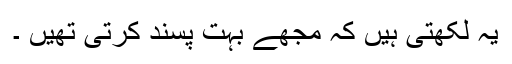
یہ لکھتی ہیں کہ مجھے بہت پسند کرتی تھیں ۔